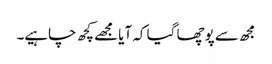
مجھ سے پوچھا گیا کہ آیا مجھے کچھ چاہیے۔